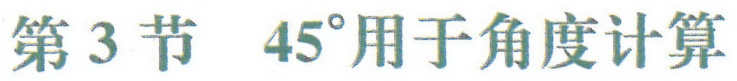
第 3 节 \(45^{\circ}\)用于角度计算